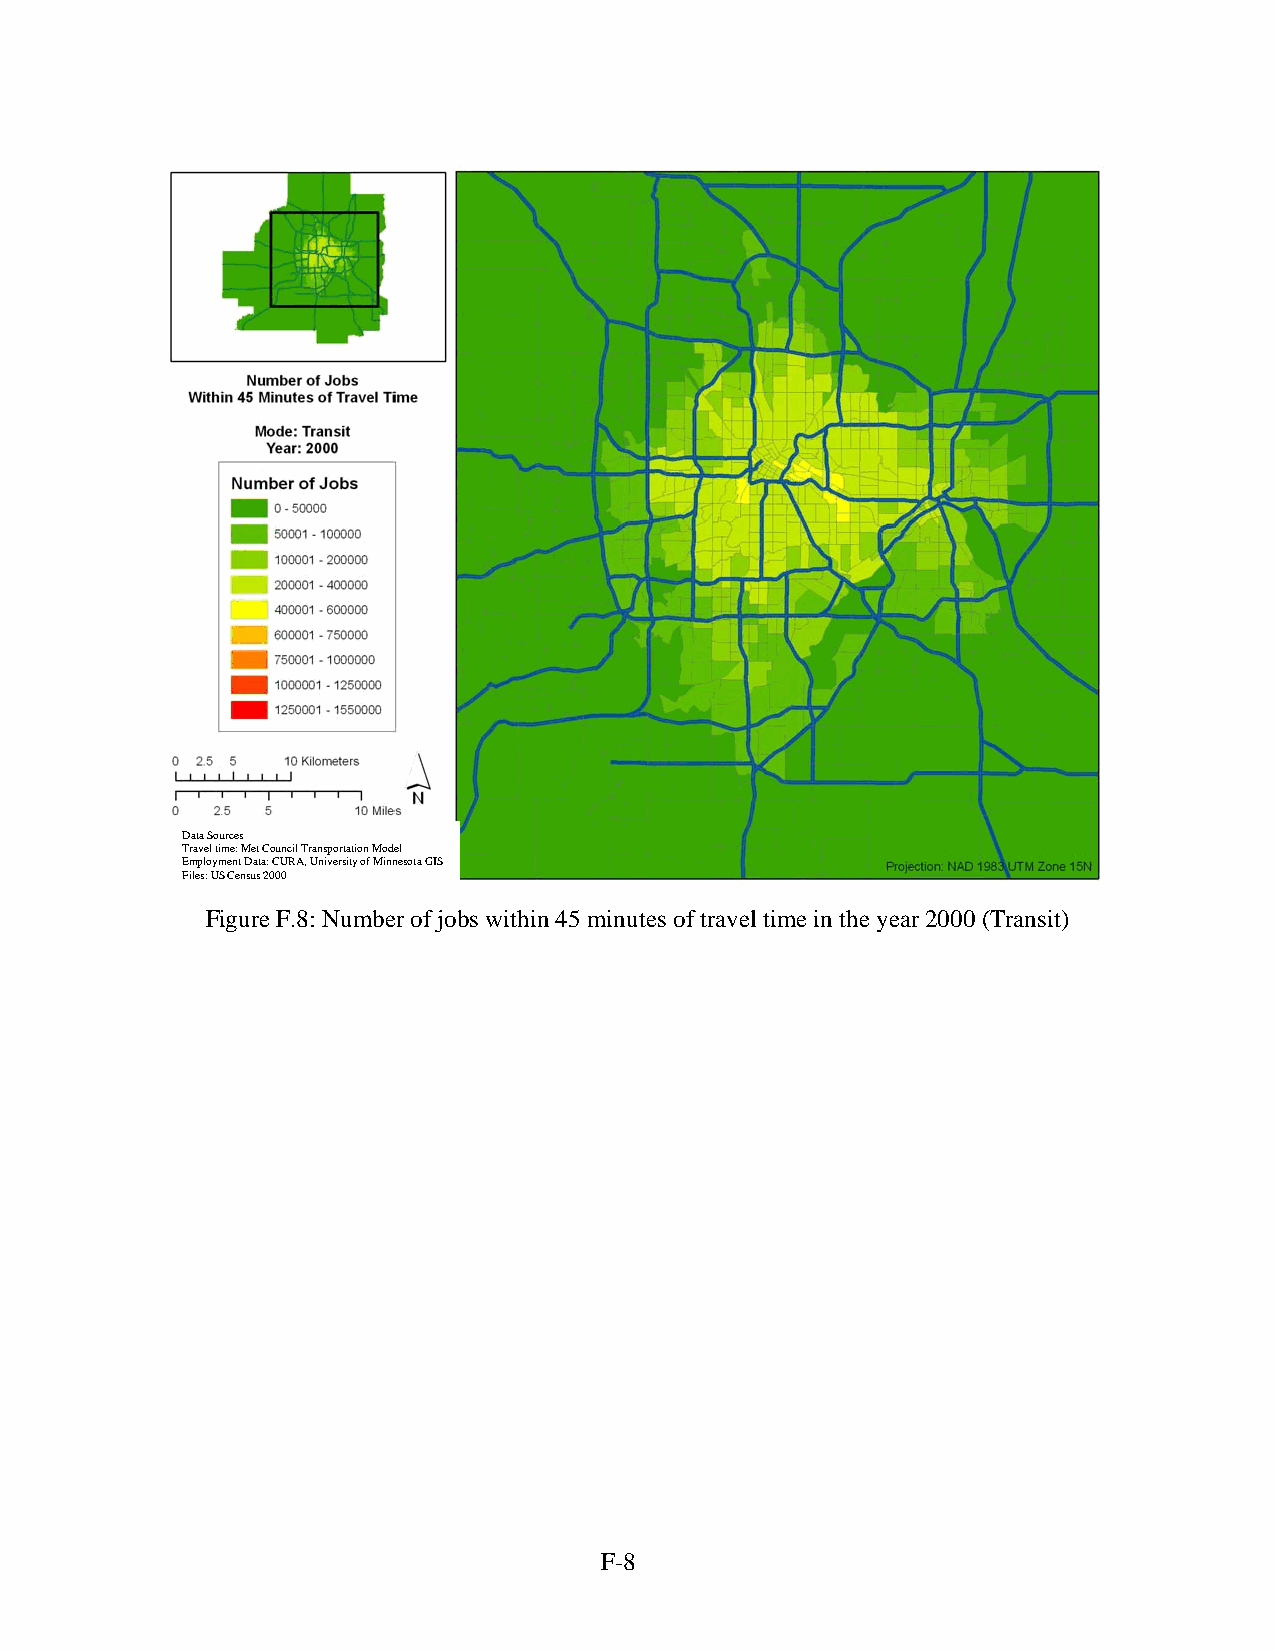
Data Sources
 Travel time: Met Council Transportation Model
 Employment Data: CURA, University of Minnesota GIS
 Files: US Census 2000
 Figure F.8: Number of jobs within 45 minutes of travel time in the year 2000 (Transit)
 F-8